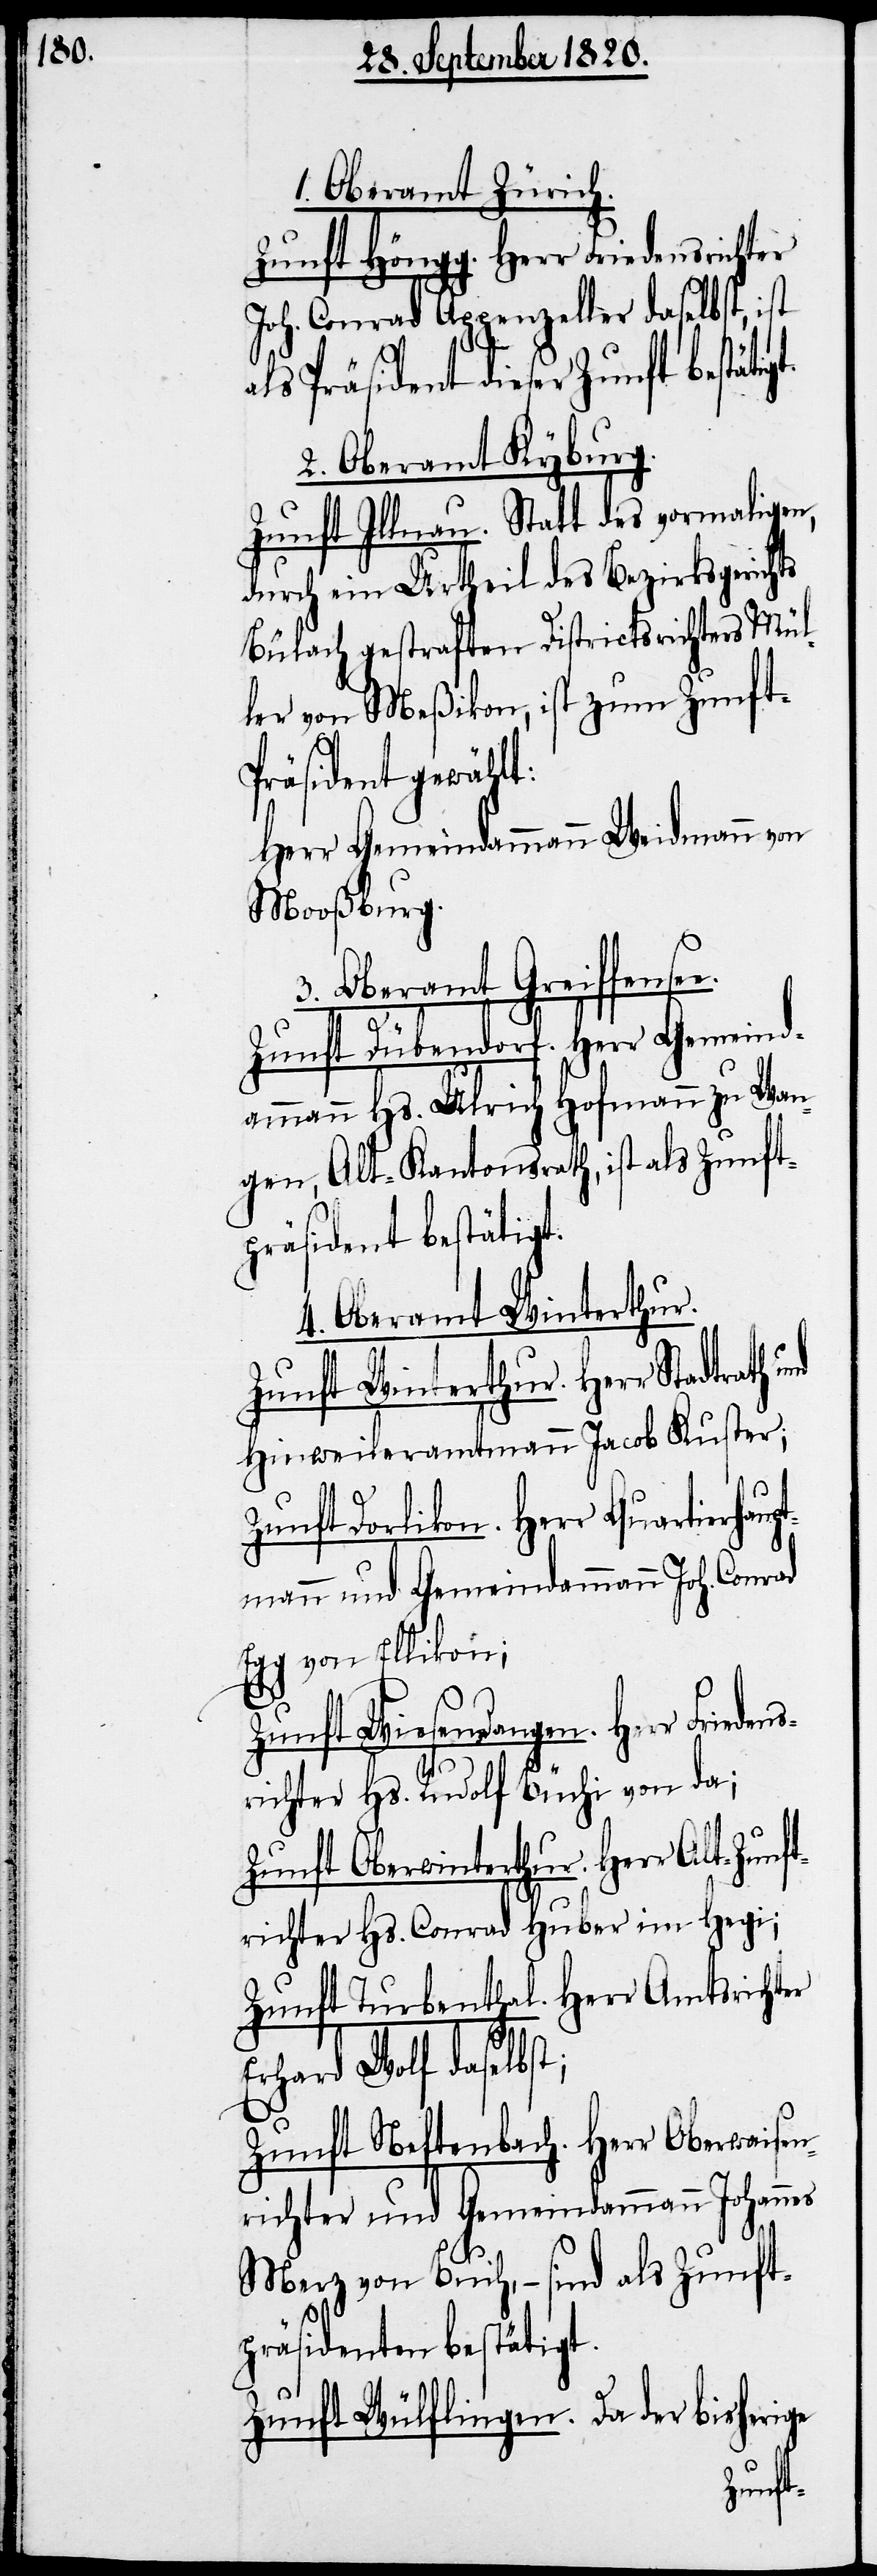
Oberamt Zürich.
Zunft Höngg. Herr Friedensrichter
Joh. Conrad Appenzeller daselbst, ist
Präsident dieser Zunft bestät¬
2. Oberamt Kyburg.
Zunft Illnau. Statt des vormaligen,
durch ein Urtheil des Bezirksgerichts
Bülach gestraften Districtsrichters Mül¬
ler von Meßikon, ist zum Zunft-P¬
räsident gewählt:
Herr Gemeindammann Weidmann von
Mooßburg.
3. Oberamt Greiffensee.
Zunft Dübendorf. Herr Gemeind¬
ammann Hs. Ulrich Hofmann zu Wan¬
gen, Alt-Kantonsrath, ist als Zunft¬
präsident bestätigt.
4. Oberamt Winterthur.
Zunft Winterthur. Herr Stadtrath
Hinweileramtmann Jacob Kuster;
Zunft Dorlikon. Herr Quartierhaup¬
tmann und Gemeindammann Joh. Conrad
Egg von Ellikon;
Zunft Wiesendangen. Herr Fried¬
richter Hs. Rudolf Büchi von da;
Zunft Oberwinterthur. Herr Alt-Zunf¬
trichter Hs. Conrad Huber im Hegi;
Zunft Turbenthal. Herr Amtsrichter
Erhard Wolf daselbst;
Zunft Neftenbach. Herr Oberwaisen¬
richter und Gemeindammann Johannes
Merz von Buch, – sind als Zunft¬
präsidenten bestätigt.
Zunft Wülflingen. Da der bisherige
ens¬